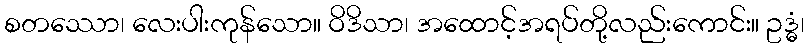
စတဿော၊ လေးပါးကုန်သော။ ဝိဒိသာ၊ အထောင့်အရပ်တို့လည်းကောင်း။ ဥဒ္ဓံ၊